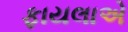
ફાયલાએ